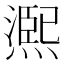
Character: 𤏁